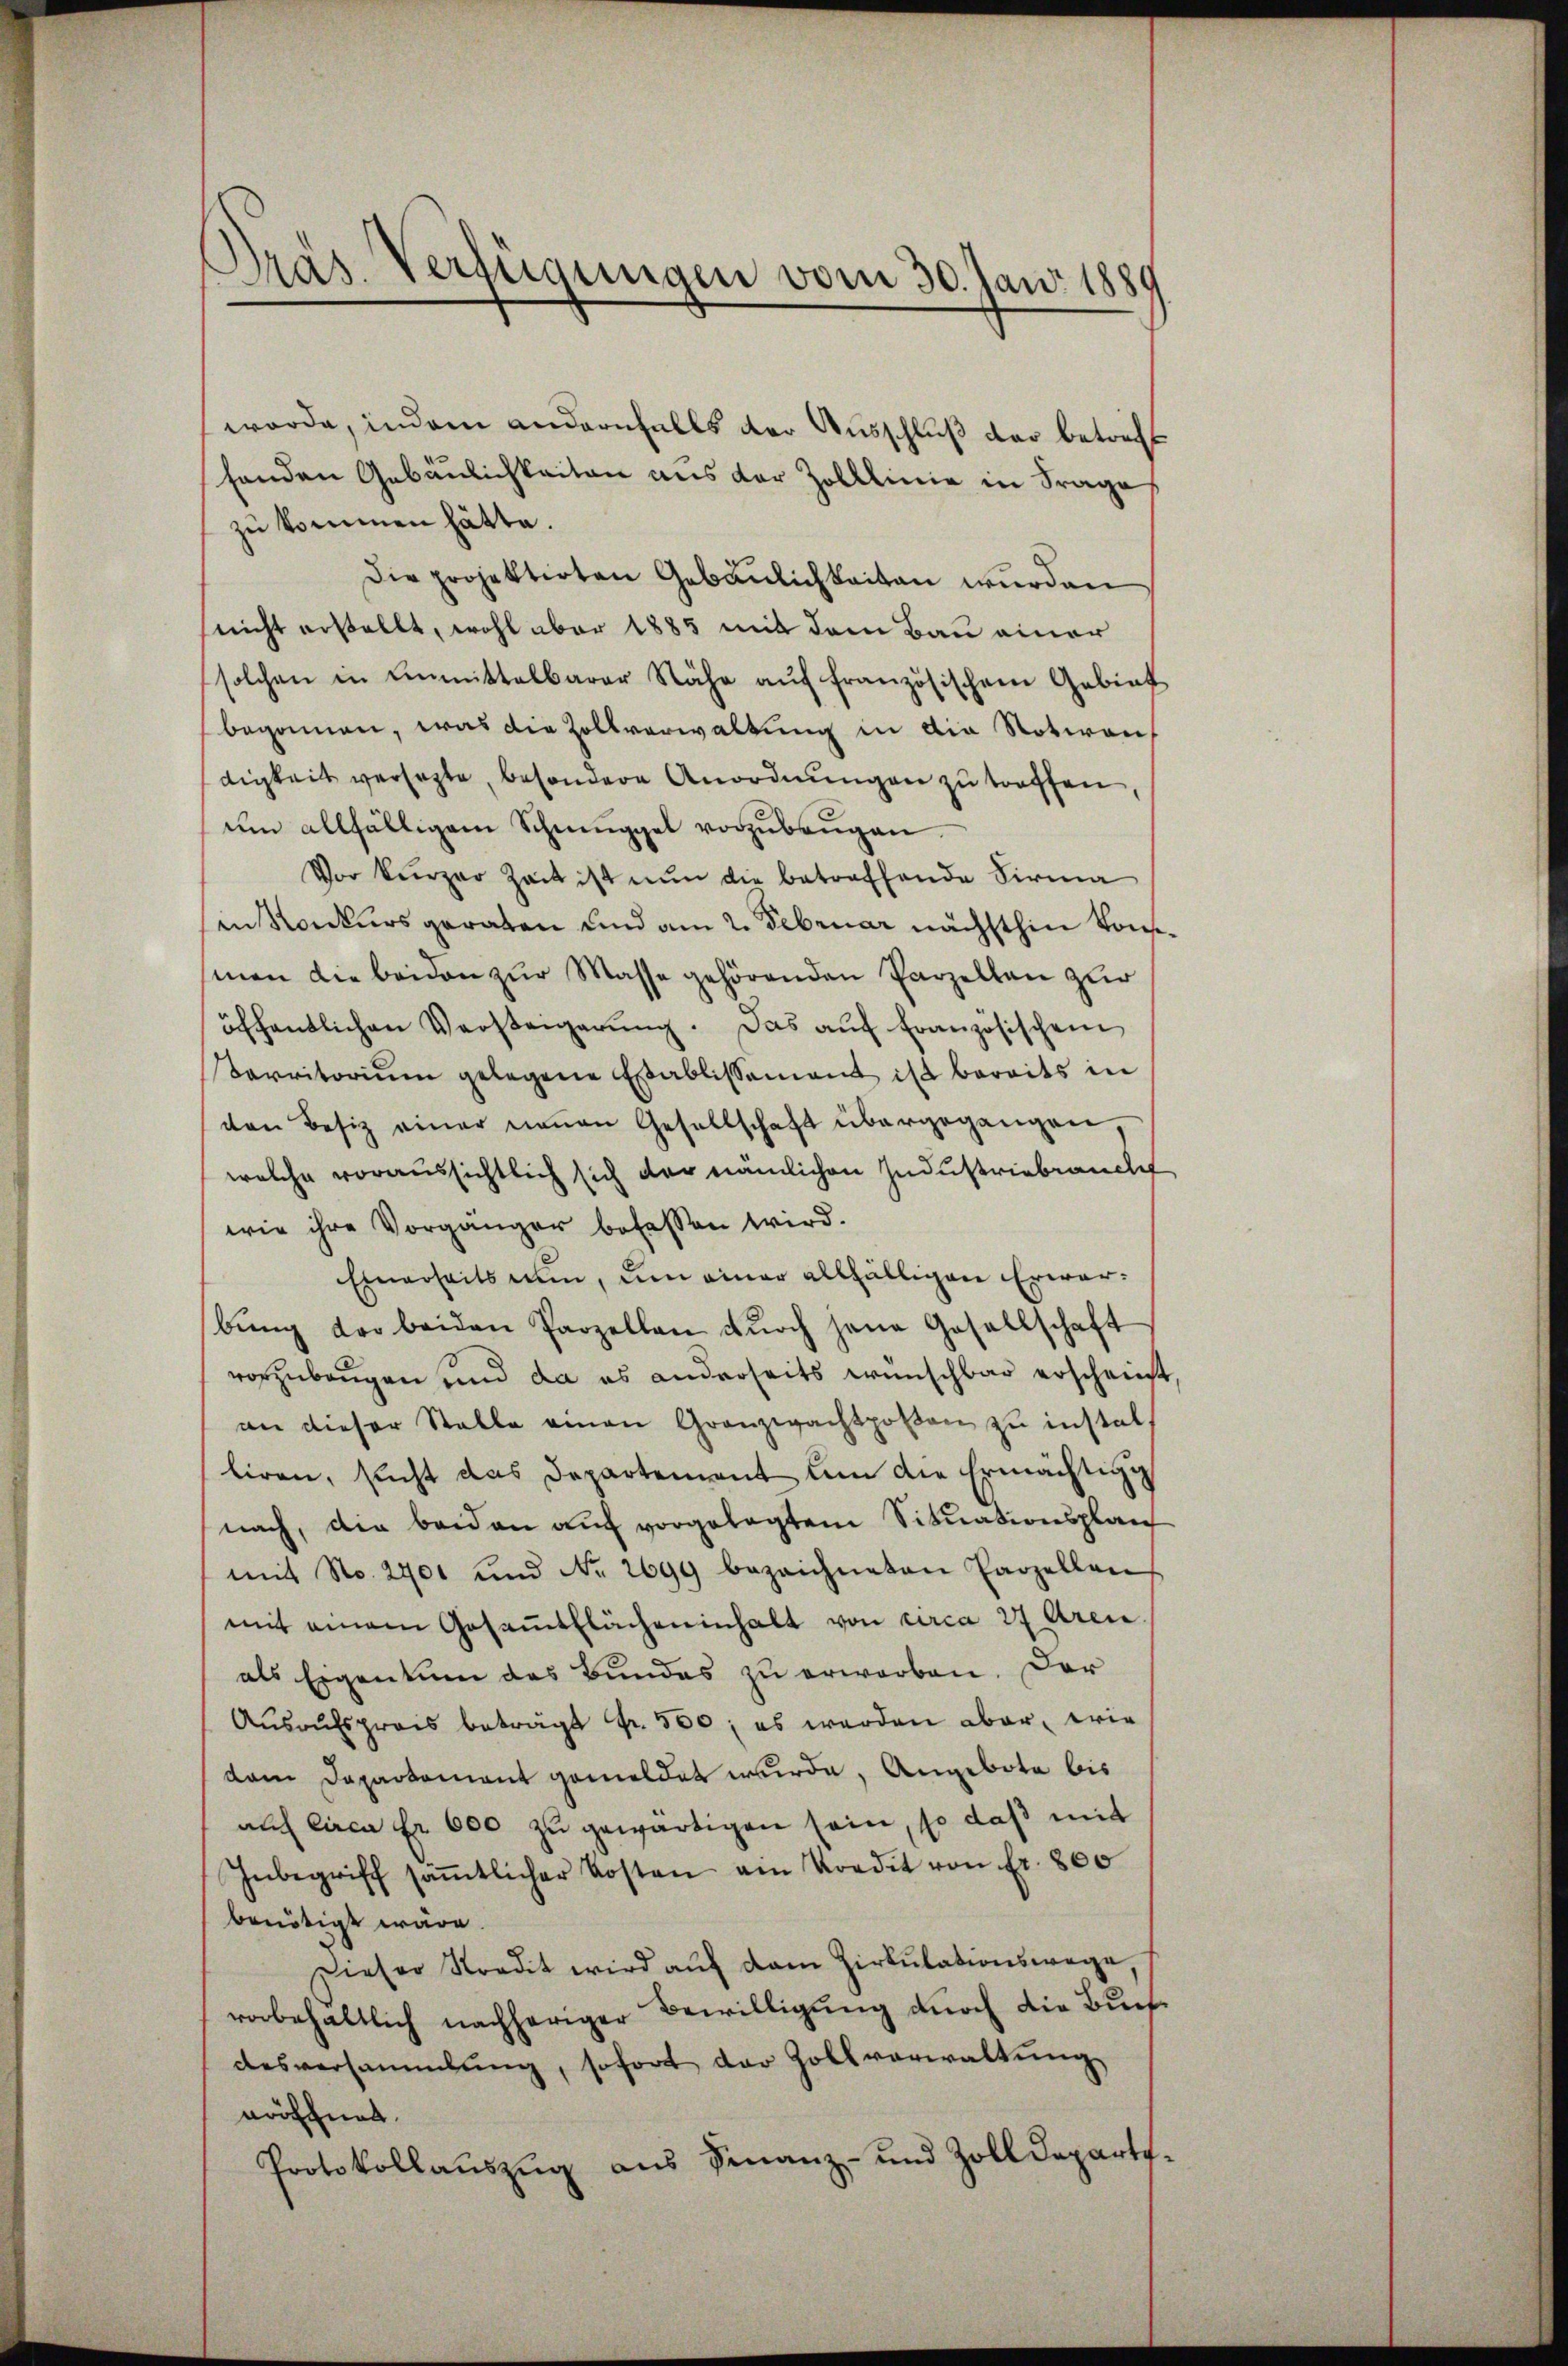
Pras. Verfügungen vom 30. Jan. 1889

wurde, indem andernfalls der Ausschluß der betreff
henden Gebäulichkeiten aus der Zolllinie in Frage
zu kommen hätte.
Die projektirten Gebäŭlichkeiten wurden
(nicht erstellt, wohl aber 1885 mit dem Bau einer
solchen in einmittelbarer Nähe aŭf französischem Gebiet
begonnen, was die Zollverwaltung in die Notiren,
digkeit versezte, besondere Anordnungen zu treffen,
ŭm allfälligem Schmuggel vorzŭbeŭgen.
Vor kurzer Zeit ist nŭn die betreffende Firma
in Konkurs geraten und am 2. Februar nächsthin von
man die beiden zŭr Masse gehörenden Parzellan zur
öffentlichen Versteigerŭng. Das aŭf französischen
Carritoriŭm gelegene Etablissement ist bereits in
ven Besiz einer neuen Gesellschaft übergegangen
welche voraussichtlich sich der nämlichen Industriebraucht
wie ihre Vorgänger befassen wird.
Einerseits nun, um einer allfälligen Erwarbŭng der beiden Parzellen dŭrch jene Gesellschaft
vorzubeugen und da es anderseits wünschbar erscheint
an dieser Stelle einen Granzwachtpoβen zu instal
liren, sucht das Departement um die Ermächtig
nach, die beiden auf vorgelegtem Situationsplan
mit No. 2401 und No. 2699 bezeichneten Parzellan
mit einem Gesaṁtflächeninhalt von circa 27 Aren
als Eigentum des Bundes zu erworben. Der
Aŭsrŭfspreis beträgt Fr. 500, es werden aber, wie
dam Departement gemeldet wurde, Angebote bis
auf circa Fr. 600 zu gewärtigen sein, so daß mit
Inbegriff saṁtlicher Kosten ain Kredit von fr. 800
benötigt wäre.
Dieser Stradit wird aŭf dem Zirkŭlationswege,
vorbehaltlich nachheriger Bewilligung durch die Buch
desversammlung, sofort der Zollverwaltung
wröffnet.
Protokollauszug aus Finanz- und Zolldepart.

,
2